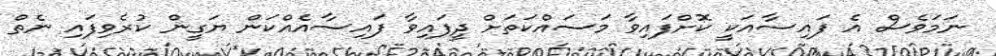
ނަމަވެސް އެ ފައިސާއަކީ ކޮށްފައިވާ މަސައްކަތަށް ދީފައިވާ ފައިސާއެއްކަން ޔަގީން ކުރެވިފައި ނެތް